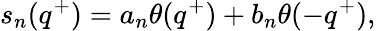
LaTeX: s_{n}(q^{+})=a_{n}\theta(q^{+})+b_{n}\theta(-q^{+}),